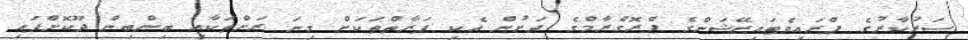
ސަރުކާރުގެ ޕްރައިވެޓައިޒޭޝަންގެ ޕްރޮގްރާމްގެ ދަށުން އެކި ފަރާތްތަކަށް ގިނަ ރަށްތަކާއި ބިންބިން ދޫކޮށްފައި